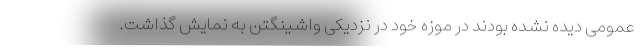
عمومی دیده نشده بودند در موزه خود در نزدیکی واشینگتن به نمایش گذاشت.